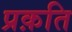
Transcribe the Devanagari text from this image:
प्रक़ति